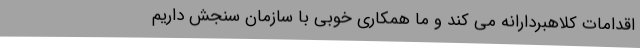
اقدامات کلاهبردارانه می کند و ما همکاری خوبی با سازمان سنجش داریم